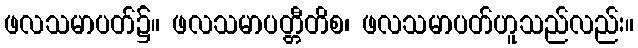
ဖလသမာပတ်၌။ ဖလသမာပတ္တီတိစ၊ ဖလသမာပတ်ဟူသည်လည်း။